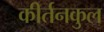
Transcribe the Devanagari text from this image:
कीर्तनकुल